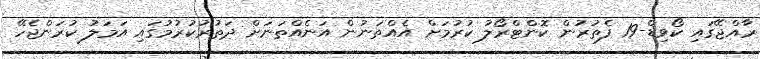
ރާއްޖޭގައި ކޯވިޑް-19 ފެތުރުން ކޮންޓްރޯލު ކުރުމަށް އެއްތަނުން އަނެއްތަނަށް ދަތުރުކުރުމުގައި އަމަލު ކުރަންޖެހޭ